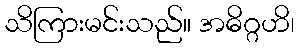
သိကြားမင်းသည်။ အဓိဂ္ဂဟိ၊